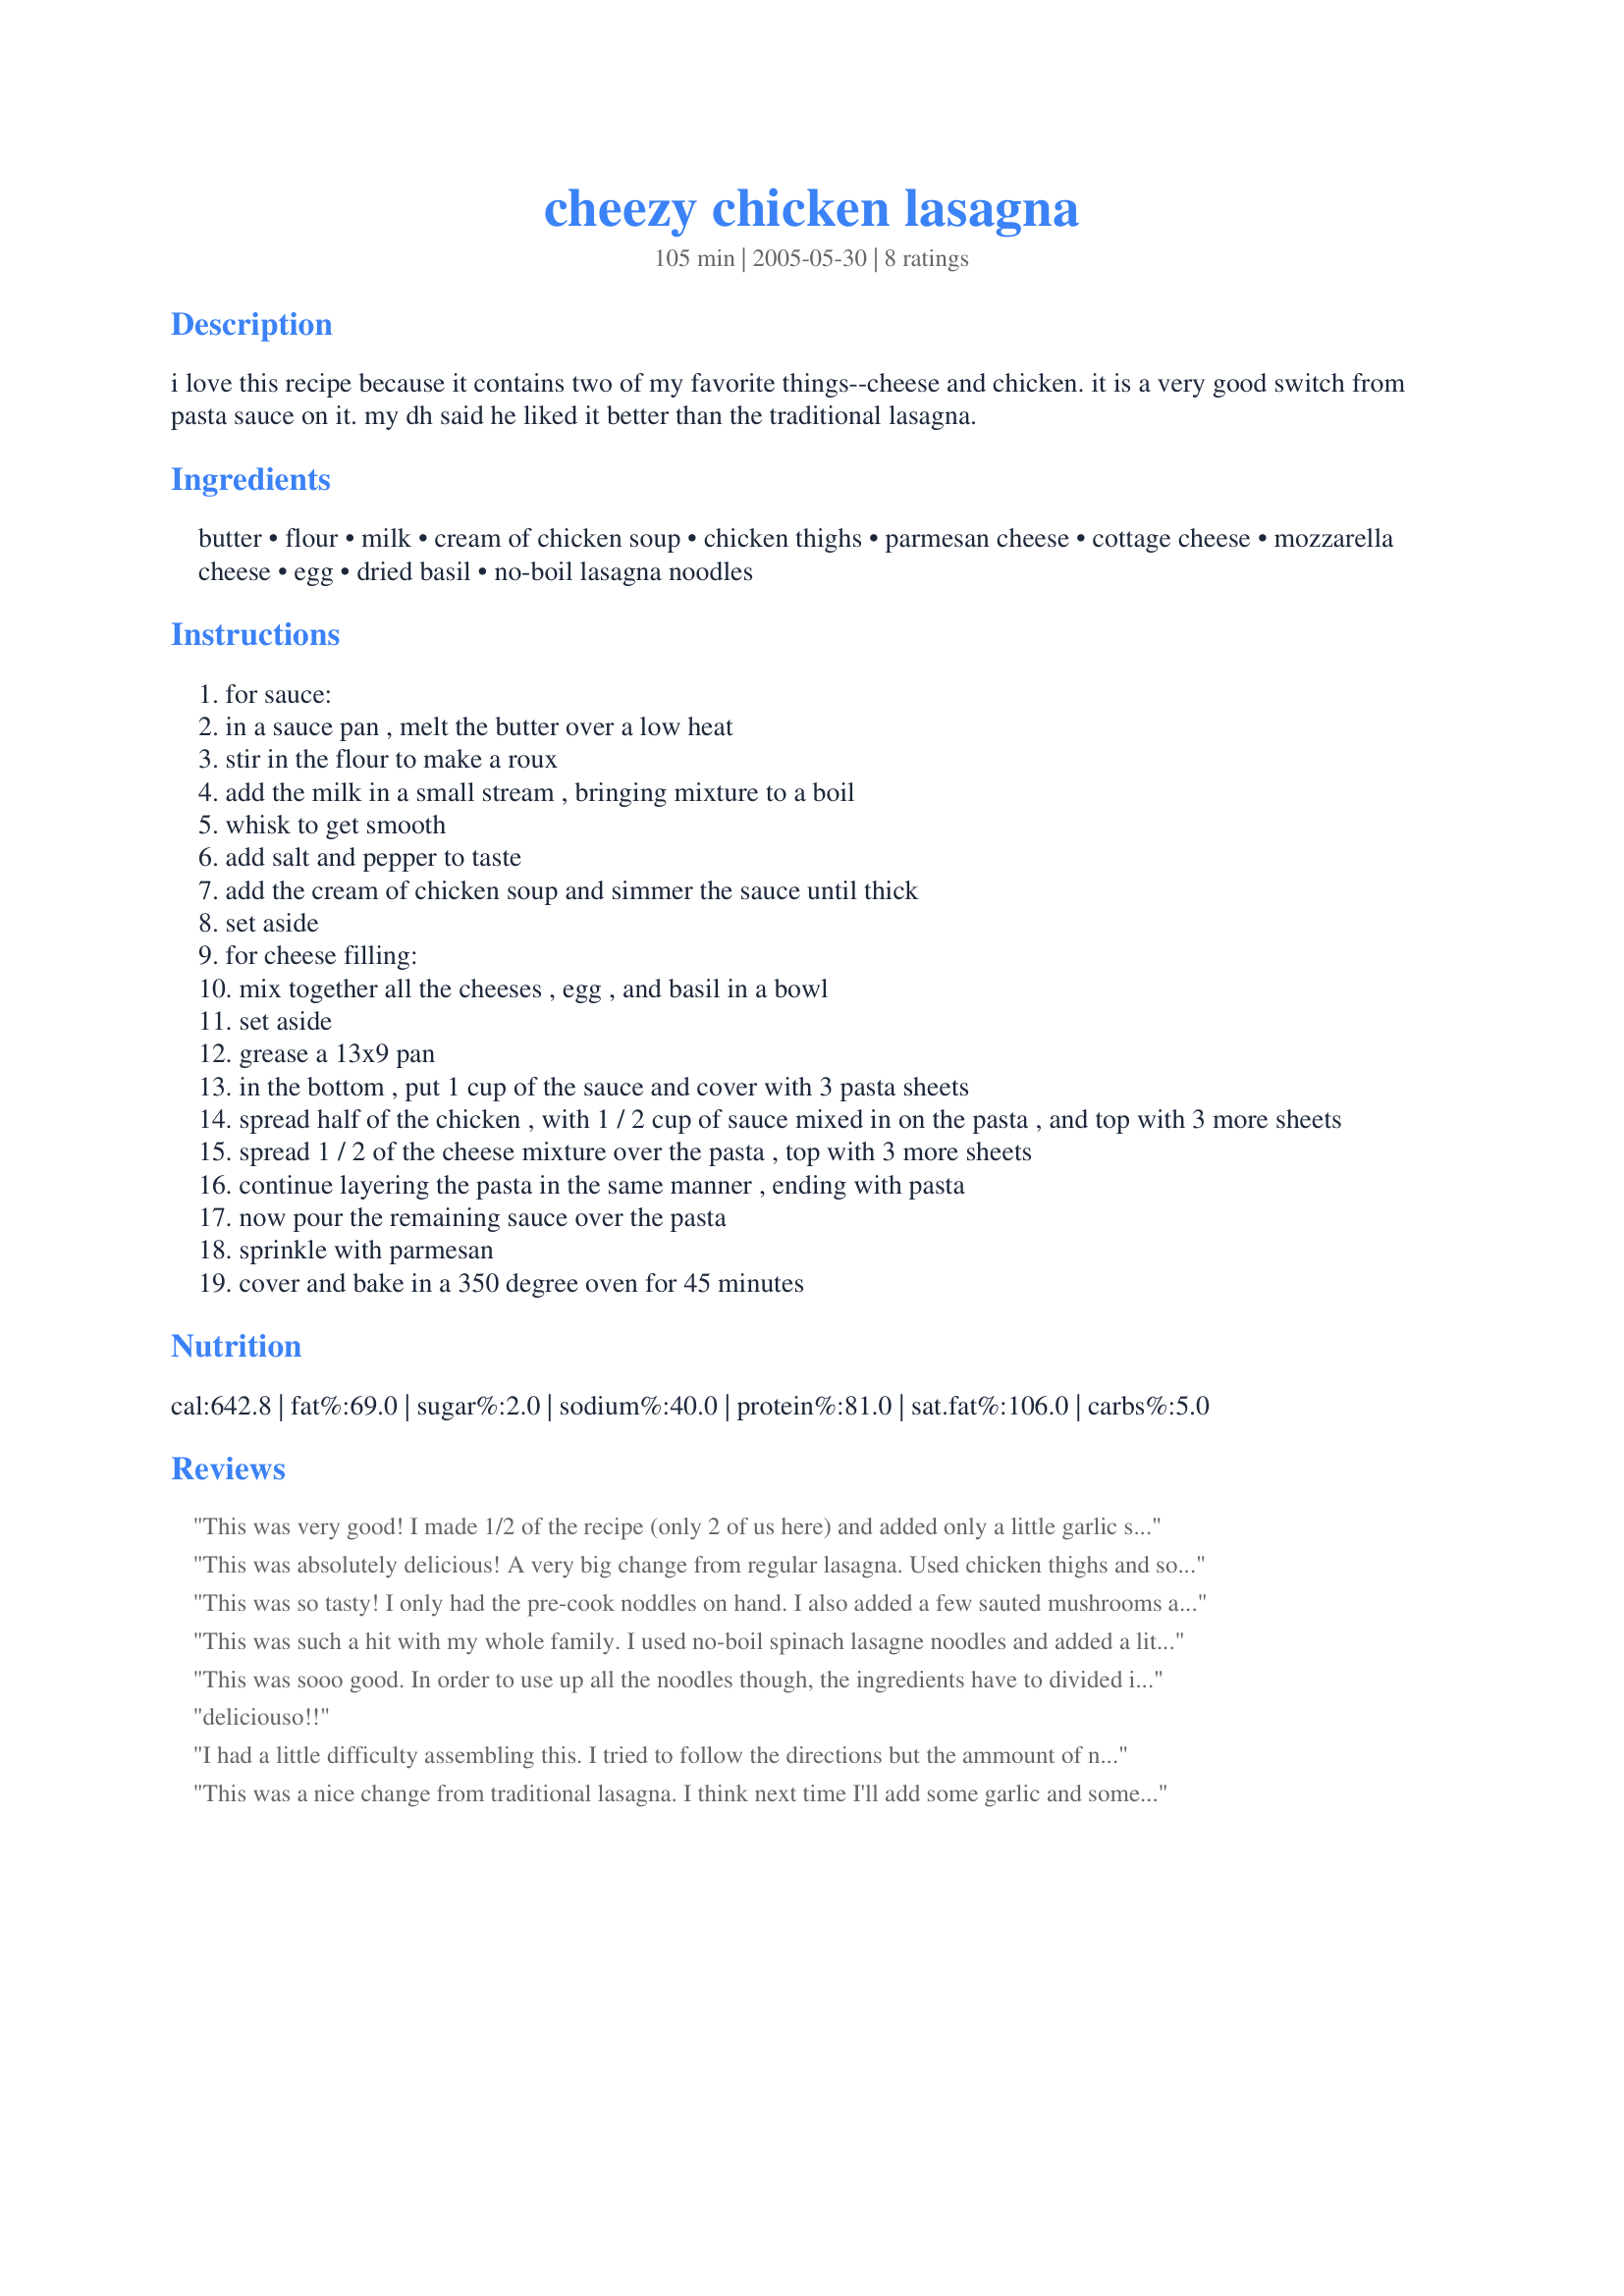
cheezy chicken lasagna
Preparation time: 105 minutes

i love this recipe because it contains two of my favorite things--cheese and chicken. it is a very good switch from pasta sauce on it. my dh said he liked it better than the traditional lasagna.

Ingredients:
butter, flour, milk, cream of chicken soup, chicken thighs, parmesan cheese, cottage cheese, mozzarella cheese, egg, dried basil, no-boil lasagna noodles

Steps:
for sauce:
in a sauce pan , melt the butter over a low heat
stir in the flour to make a roux
add the milk in a small stream , bringing mixture to a boil
whisk to get smooth
add salt and pepper to taste
add the cream of chicken soup and simmer the sauce until thick
set aside
for cheese filling:
mix together all the cheeses , egg , and basil in a bowl
set aside
grease a 13x9 pan
in the bottom , put 1 cup of the sauce and cover with 3 pasta sheets
spread half of the chicken , with 1 / 2 cup of sauce mixed in on the pasta , and top with 3 more sheets
spread 1 / 2 of the cheese mixture over the pasta , top with 3 more sheets
continue layering the pasta in the same manner , ending with pasta
now pour the remaining sauce over the pasta
sprinkle with parmesan
cover and bake in a 350 degree oven for 45 minutes

Reviews:
This was very good! I made 1/2 of the recipe (only 2 of us here) and added only a little garlic salt and some extra cheese. I was afraid it would be bland (only because it is very light in color putting it together, when you are used to lasagna with red sauce!) but it was NOT, it has a lovely light flavor that really lets the chicken and cheeses shine. Leftovers today were even better! Thanks very much for a fine recipe.
This was absolutely delicious! A very big change from regular lasagna. Used chicken thighs and some chicken breasts that were in the freezer that needed to be used up and it was too much. I should had just folowed the recipe and used the thighs only. I also used the lasagna noodles that have to be cooked first because that is all that our little town store had. This was wonderful. We will definitely make this recipe again. WARNING: not a recipe for people who are trying to watch their weight :-) Thank you, ROS.
This was so tasty! I only had the pre-cook noddles on hand. I also added a few sauted mushrooms along with some extra cheese. Love cheese! The flavors were just wonderful. :)
This was such a hit with my whole family. I used no-boil spinach lasagne noodles and added a little bit of garlic salt to the sauce mixture. What a treat - thank you!
This was sooo good. In order to use up all the noodles though, the ingredients have to divided into three layers-except for the sauce.
deliciouso!!
I had a little difficulty assembling this. I tried to follow the directions but the ammount of noodles didnt seem to match up with the directions? No one else seemed to have any problems, not sure what I did wrong. O, and I forgot to add the can soup in with the rest of the ingredients, I had it all layered and noticed the can sitting there. What a mess! Im sure it would have been delicious having been done right, but can someone tell me exactly how many layers there are with the noodles?
This was a nice change from traditional lasagna. I think next time I'll add some garlic and some mushrooms, but there WILL be a next time.
